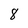
Character: 8